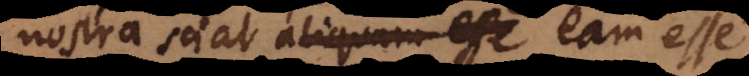
nostra sciat aliquam eam esse